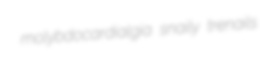
molybdocardialgia snaily trenails